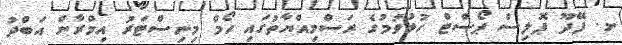
ށ. ފޭދޫ ޕޮލިސް ޕޯސްޓް ހުޅުވުމުގެ ރަސްމިއްޔާތުގައި ހޯމް މިނިސްޓަރު އިމްރާން އަބްދު